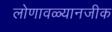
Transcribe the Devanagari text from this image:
लोणावळ्यानजीक